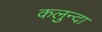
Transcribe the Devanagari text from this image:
कलुन्दा